Cholera in India, 1862 to 1881
Year: 1862
Disease focus: Cholera
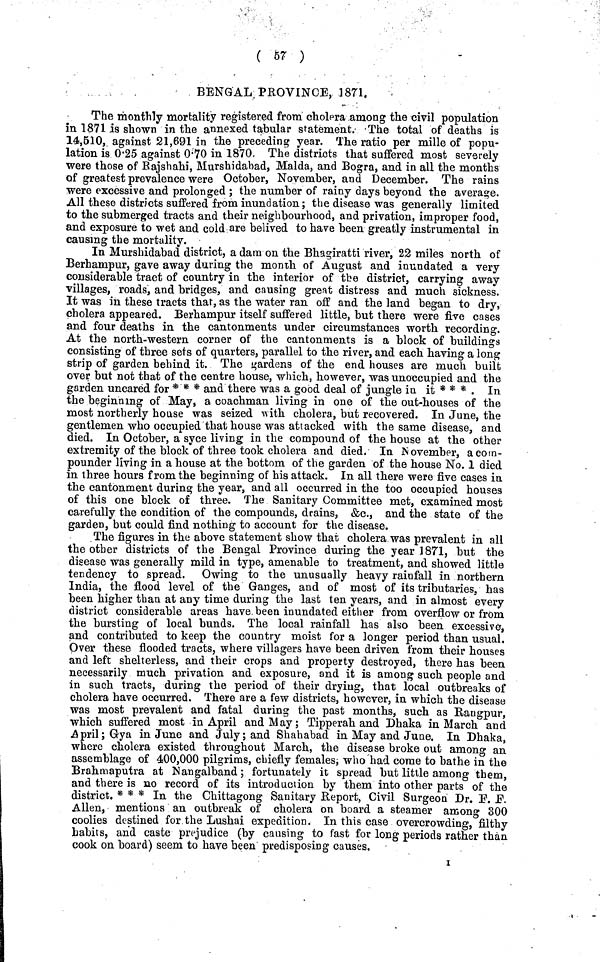
( 57 )
BENGAL PROVINCE, 1871.
The monthly mortality registered from cholera among the civil population
in 1871 is shown in the annexed tabular statement. The total of deaths is
14,510, against 21,691 in the preceding year. The ratio per mille of popu-
lation is 0.25 against 0.70 in 1870. The districts that suffered most severely
were those of Rajshahi, Murshidabad, Malda, and Bogra, and in all the months
of greatest prevalence were October, November, and December. The rains
were excessive and prolonged ; the number of rainy days beyond the average.
All these districts suffered from inundation; the disease was generally limited
to the submerged tracts and their neighbourhood, and privation, improper food,
and exposure to wet and cold are belived to have been greatly instrumental in
causing the mortality.
In Murshidabad district, a dam on the Bhagiratti river, 22 miles north of
Berhampur, gave away during the month of August and inundated a very
considerable tract of country in the interior of the district, carrying away
villages, roads, and bridges, and causing great distress and much sickness.
It was in these tracts that, as the water ran off and the land began to dry,
cholera appeared. Berhampur itself suffered little, but there were five cases
and four deaths in the cantonments under circumstances worth recording.
At the north-western corner of the cantonments is a block of buildings
consisting of three sets of quarters, parallel to the river, and each having a long
strip of garden behind it. The gardens of the end houses are much built
over but not that of the centre house, which, however, was unoccupied and the
garden uncared for * * * and there was a good deal of jungle in it * * * . In
the beginning of May, a coachman living in one of the out-houses of the
most northerly house was seized with cholera, but recovered. In June, the
gentlemen who occupied that house was attacked with the same disease, and
died. In October, a syce living in the compound of the house at the other
extremity of the block of three took cholera and died. In November, acom-
pounder living in a house at the bottom of the garden of the house No. 1 died
in three hours from the beginning of his attack. In all there were five cases in
the cantonment during the year, and all occurred in the too occupied houses
of this one block of three. The Sanitary Committee met, examined most
carefully the condition of the compounds, drains, &c., and the state of the
garden, but could find nothing to account for the disease.
The figures in the above statement show that cholera was prevalent in all
the other districts of the Bengal Province during the year 1871, but the
disease was generally mild in type, amenable to treatment, and showed little
tendency to spread. Owing to the unusually heavy rainfall in northern
India, the flood level of the Ganges, and of most of its tributaries, has
been higher than at any time during the last ten years, and in almost every
district considerable areas have been inundated either from overflow or from
the bursting of local bunds. The local rainfall has also been excessive,
and contributed to keep the country moist for a longer period than usual.
Over these flooded tracts, where villagers have been driven from their houses
and left shelterless, and their crops and property destroyed, there has been
necessarily much privation and exposure, and it is among such people and
in such tracts, during the period of their drying, that local outbreaks of
cholera have occurred. There are a few districts, however, in which the disease
was most prevalent and fatal during the past months, such as Rangpur,
which suffered most in April and May; Tipperah and Dhaka in March and
April; Gya in June and July; and Shahabad in May and June. In Dhaka,
where cholera existed throughout March, the disease broke out among an
assemblage of 400,000 pilgrims, chiefly females; who had come to bathe in the
Brahmaputra at Nangalband; fortunately it spread but little among them,
and there is no record of its introduction by them into other parts of the
district. * * * In the Chittagong Sanitary Report, Civil Surgeon Dr. F. F.
Allen, mentions an outbreak of cholera on board a steamer among 300
coolies destined for the Lushai expedition. In this case overcrowding, filthy
habits, and caste prejudice (by causing to fast for long periods rather than
cook on board) seem to have been predisposing causes.